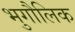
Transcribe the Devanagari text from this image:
भुगौलिक